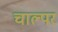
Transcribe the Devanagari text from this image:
चाल्पर